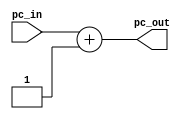
`timescale 1ns / 1ps

module Add(
    input wire [31:0] pc_in,
    output wire [31:0] pc_out
    );

assign pc_out = pc_in + 1;

endmodule